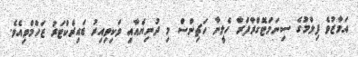
އަމާޒުވެ ފިލްމުގެ ސިނަމަޓޮގްރާފަރާ ހެލީނާ ހަޗިންސް މި ދުނިޔެއާއި ވަކިވިއިރު ޑައިރެކްޓަރު ޒަހްމްވިއެވެ.